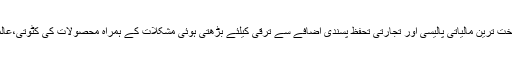
جب تک رفتار بہت مضبوط ہوتی ہے تو ہم افراط زر کے اضافہ، سخت ترین مالیاتی پالیسی اور تجارتی تحفظ پسندی اضافے سے ترقی کیلئے بڑھتی ہوئی مشکلات کے ہمراہ محصولات کی کٹوتی،عالمی ترقی اور توانائی کی سرگرمیوں سے ترقی کو برباد نہیں کرتے۔